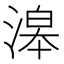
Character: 滜